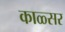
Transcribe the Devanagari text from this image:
काळ्सर